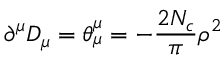
\partial ^ { \mu } D _ { \mu } = \theta _ { \mu } ^ { \mu } = - \frac { 2 N _ { c } } { \pi } \rho ^ { 2 }